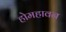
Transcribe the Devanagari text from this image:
होमहावन